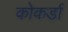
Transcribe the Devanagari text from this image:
कोकर्डा